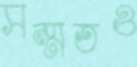
সম্মতও